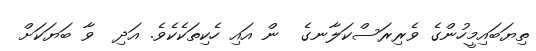
ތިޔަބައިމީހުންގެ ވެރިރަސްކަލާނގެ  ން އައި ހެކިތަކެކެވެ. އަދި  ވާ ބަޔަކަށް